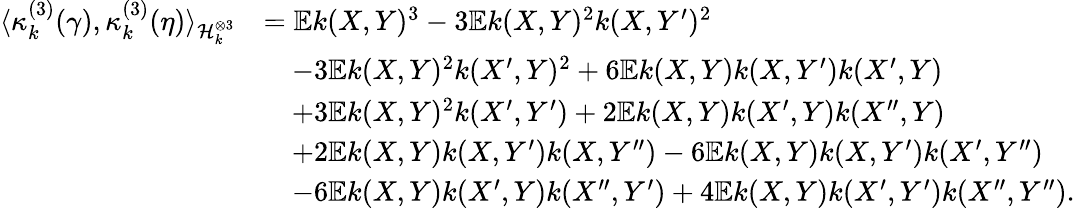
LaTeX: \begin{array}{rl}{\langle\kappa_{k}^{(3)}(\gamma),\kappa_{k}^{(3)}(\eta)\rangle_{\mathcal{H}_{k}^{\otimes 3}}}&{=\mathbb{E}k(X,Y)^{3}-3\mathbb{E}k(X,Y)^{2}k(X,Y^{\prime})^{2}}\\ &{\quad-3\mathbb{E}k(X,Y)^{2}k(X^{\prime},Y)^{2}+6\mathbb{E}k(X,Y)k(X,Y^{\prime})k(X^{\prime},Y)}\\ &{\quad+3\mathbb{E}k(X,Y)^{2}k(X^{\prime},Y^{\prime})+2\mathbb{E}k(X,Y)k(X^{\prime},Y)k(X^{\prime\prime},Y)}\\ &{\quad+2\mathbb{E}k(X,Y)k(X,Y^{\prime})k(X,Y^{\prime\prime})-6\mathbb{E}k(X,Y)k(X,Y^{\prime})k(X^{\prime},Y^{\prime\prime})}\\ &{\quad-6\mathbb{E}k(X,Y)k(X^{\prime},Y)k(X^{\prime\prime},Y^{\prime})+4\mathbb{E}k(X,Y)k(X^{\prime},Y^{\prime})k(X^{\prime\prime},Y^{\prime\prime}).}\end{array}